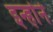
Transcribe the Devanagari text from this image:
इन्होँने